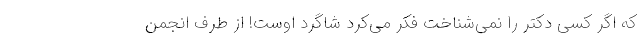
که اگر کسی دکتر را نمی‌شناخت فکر می‌کرد شاگرد اوست! از طرف انجمن